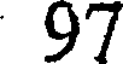
97